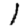
Digit: 1